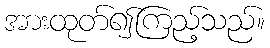
အားထုတ်၍ကြည့်သည်။